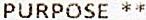
PURPOSE **